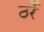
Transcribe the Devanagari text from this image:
ठर्रे